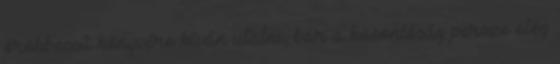
örökbecsű könyvére kíván utalni, bár a hasonlóság persze elég